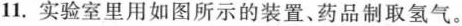
11. 实验室里用如图所示的装置、药品制取氢气。